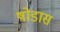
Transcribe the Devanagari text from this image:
षोडास